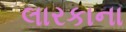
લારકાના